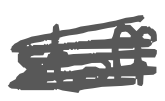
Text: staff
Cross-out: scratch
Writing tool: digital_gray